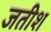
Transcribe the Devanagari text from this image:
जतीश